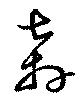
奔